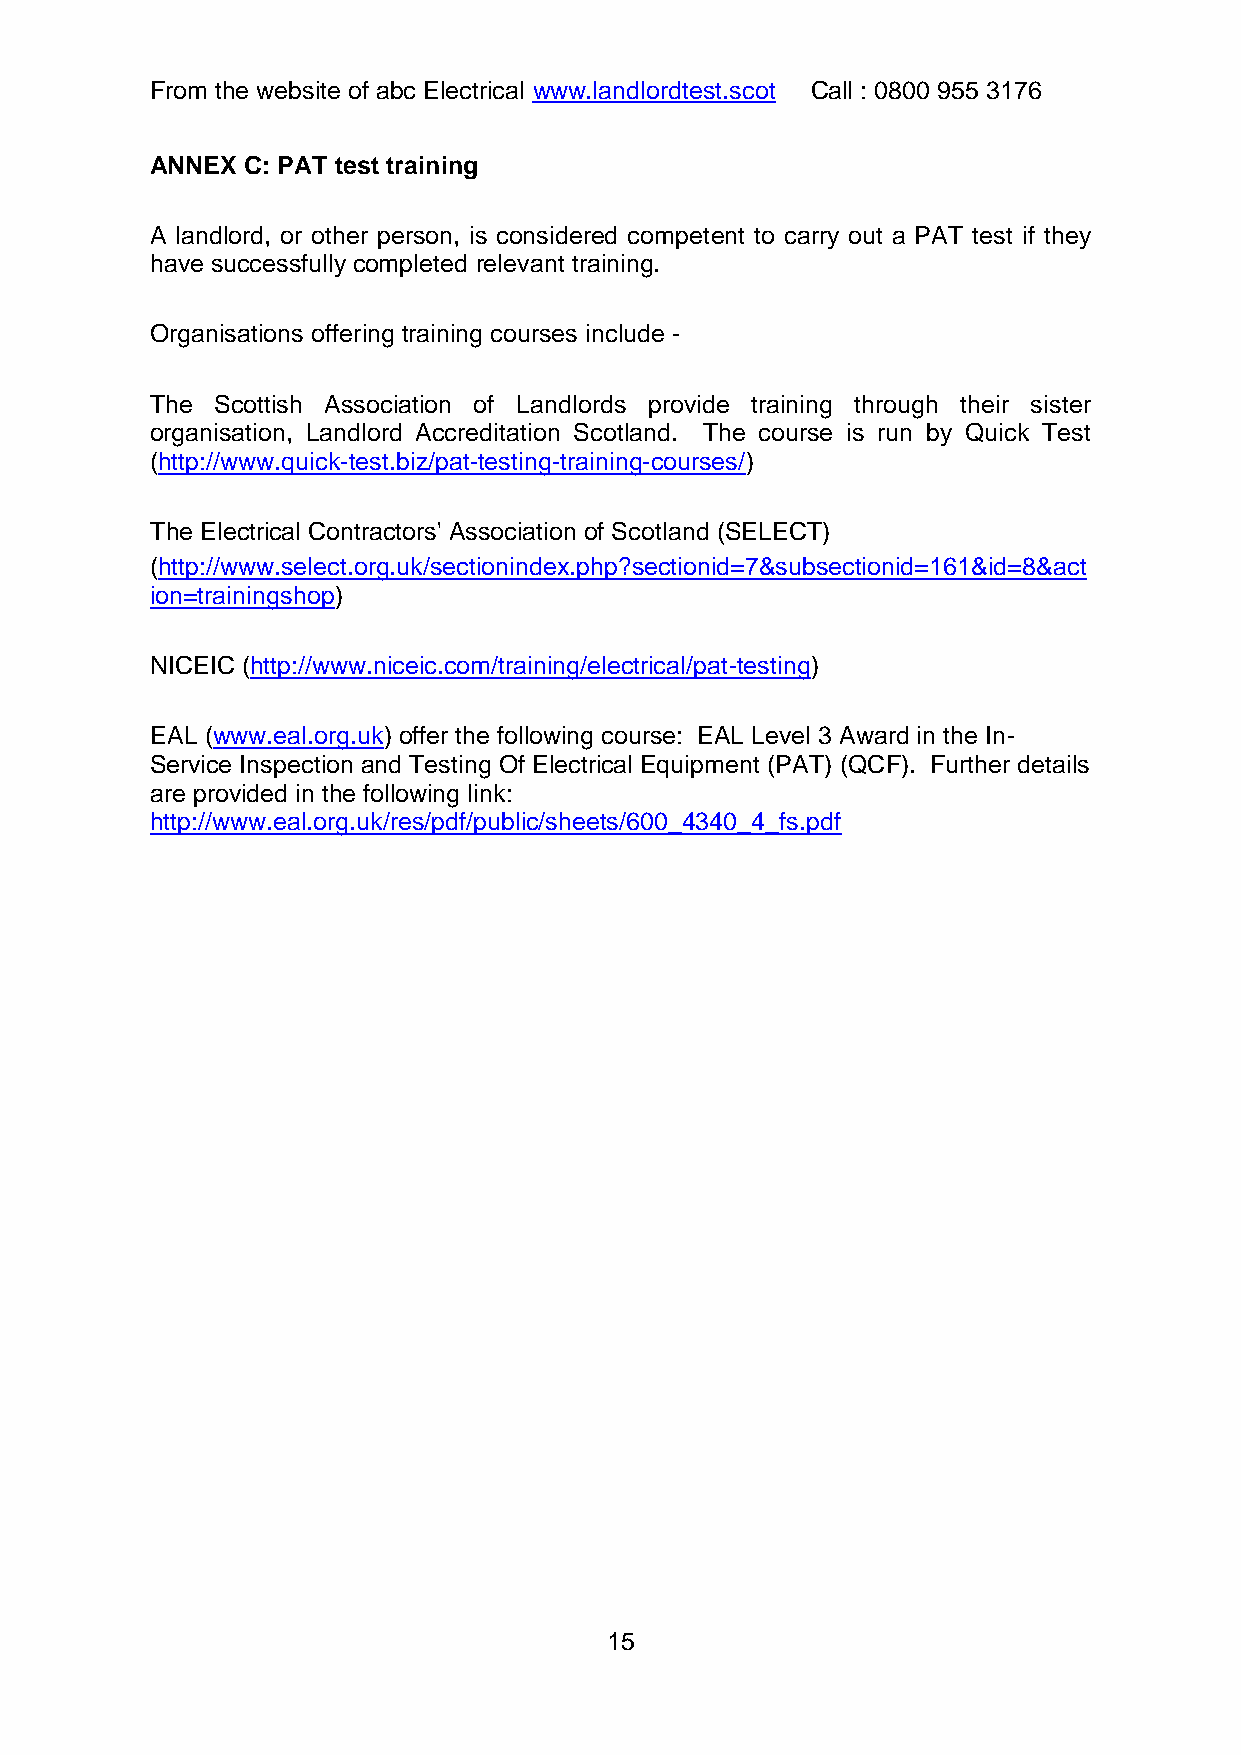
From the website of abc Electrical www.landlordtest.scot Call : 0800 955 3176
 ANNEX C: PAT test training
 A landlord, or other person, is considered competent to carry out a PAT test if they
 have successfully completed relevant training.
 Organisations offering training courses include -
 The Scottish Association of Landlords provide training through their sister
 organisation, Landlord Accreditation Scotland. The course is run by Quick Test
 (http://www.quick-test.biz/pat-testing-training-courses/)
 The Electrical Contractors' Association of Scotland (SELECT)
 (http://www.select.org.uk/sectionindex.php?sectionid=7&subsectionid=161&id=8&act
 ion=trainingshop)
 NICEIC (http://www.niceic.com/training/electrical/pat-testing)
 EAL (www.eal.org.uk) offer the following course: EAL Level 3 Award in the In-
 Service Inspection and Testing Of Electrical Equipment (PAT) (QCF). Further details
 are provided in the following link:
 http://www.eal.org.uk/res/pdf/public/sheets/600_4340_4_fs.pdf
 15